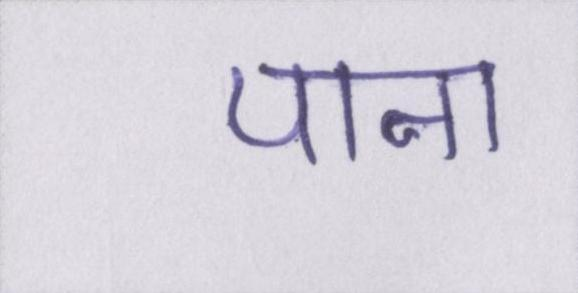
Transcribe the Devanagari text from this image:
पाना